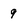
Character: 9